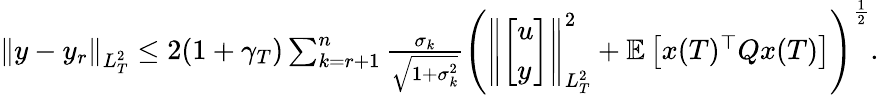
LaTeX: \begin{array}{r}{\left\| y-y_{r}\right\| _{L_{T}^{2}}\leq 2(1+\gamma_{T})\sum_{k=r+1}^{n}\frac{\sigma_{k}}{\sqrt{1+\sigma_{k}^{2}}}\Bigg(\left\| \left[\begin{array}{l}{u}\\ {y}\end{array}\right]\right\| _{L_{T}^{2}}^{2}+\mathbb E\left[x(T)^{\top}Qx(T)\right]\Bigg)^{\frac{1}{2}}.}\end{array}